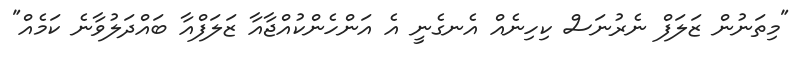
"މިތަނުން ޒަލަފް ނެރުނަސް ކިހިނެއް އެނގެނީ އެ އަންހެންކުއްޖާއާ ޒަލަފްއާ ބައްދަލުވާނެ ކަމެއް"